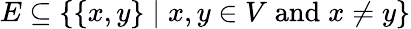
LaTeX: E\subseteq\{ \{ x,y\} \mid x,y\in V\; {\textrm{and}}\; x\neq y\}